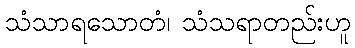
သံသာရသောတံ၊ သံသရာတည်းဟူ